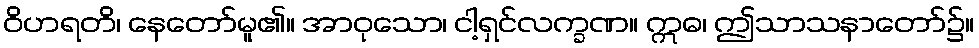
ဝိဟရတိ၊ နေတော်မူ၏။ အာဝုသော၊ ငါ့ရှင်လက္ခဏ။ ဣဓ၊ ဤသာသနာတော်၌။